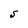
Character: S